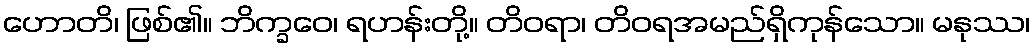
ဟောတိ၊ ဖြစ်၏။ ဘိက္ခဝေ၊ ရဟန်းတို့။ တိဝရာ၊ တိဝရအမည်ရှိကုန်သော။ မနုဿ၊